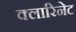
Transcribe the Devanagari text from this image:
क्लारिनेट